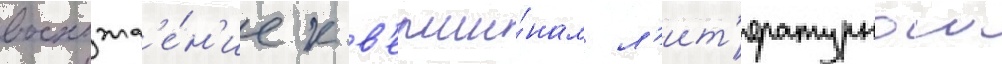
восхожд'е́н'ие к в'ерши́нам л'ит'ературнои